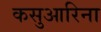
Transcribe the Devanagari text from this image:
कसुआरिना